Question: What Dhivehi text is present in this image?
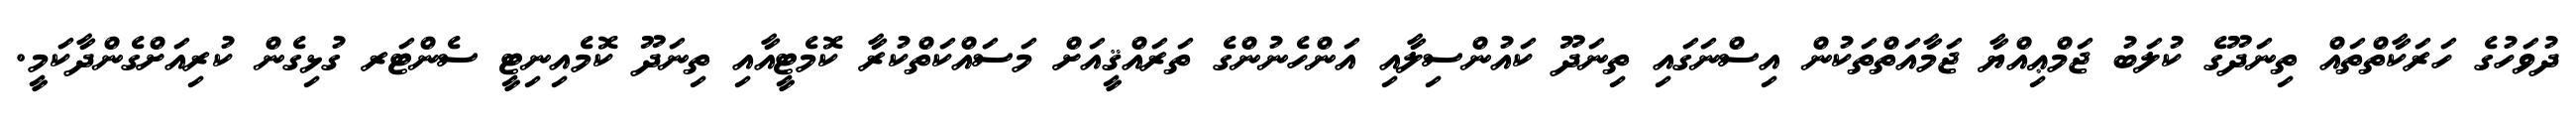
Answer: ދުވަހުގެ ހަރަކާތްތައް ތިނަދޫގެ ކުލަބު ޖަމްޢިއްޔާ ޖަމާއަތްތަކުން އިސްނަގައި ތިނަދޫ ކައުންސިލާއި އަންހެނުންގެ ތަރައްޤީއަށް މަސައްކަތްކުރާ ކޮމެޓީއާއި ތިނަދޫ ކޮމެއިނިޓީ ސެންޓަރ ގުޅިގެން ކުރިއަށްގެންދާކަމީ.